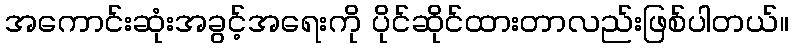
အကောင်းဆုံးအခွင့်အရေးကို ပိုင်ဆိုင်ထားတာလည်းဖြစ်ပါတယ်။